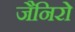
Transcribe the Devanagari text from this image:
जैनिरो